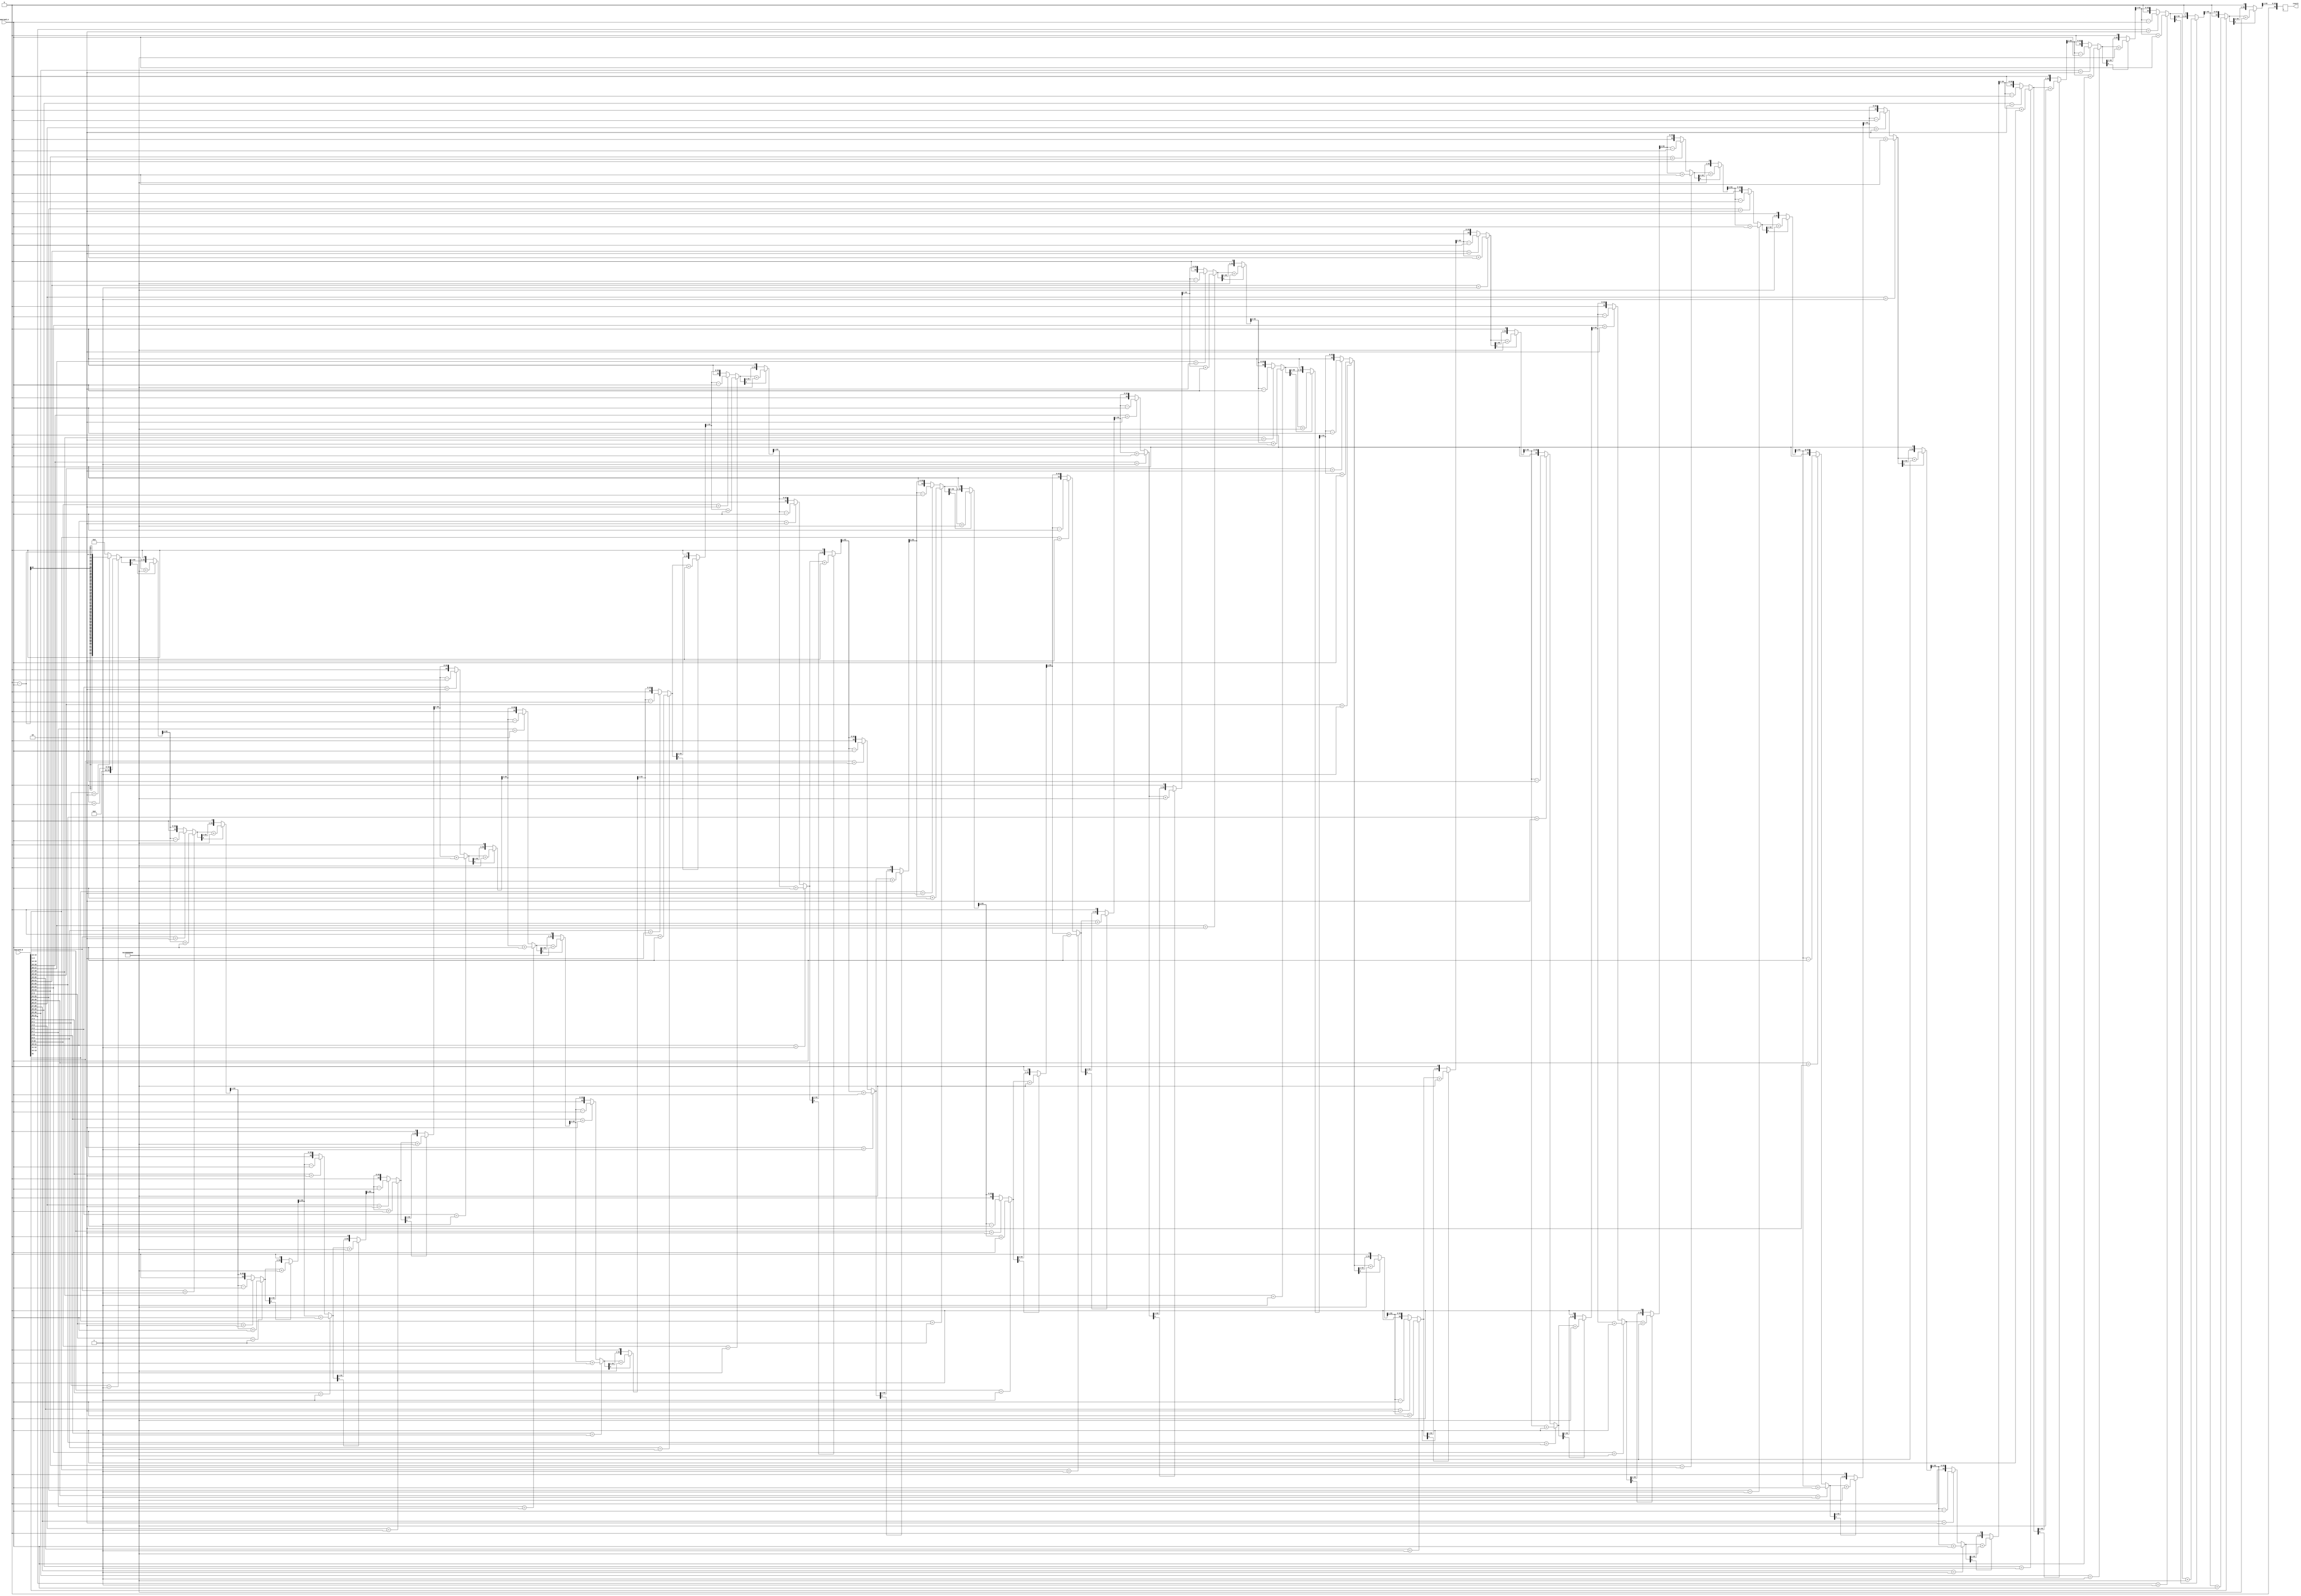
module Booth_Multiplier (
    input [31:0] operand_A,
    input [31:0] operand_B,
    output reg [63:0] result
);

reg [31:0] A, S;
reg [63:0] P;
reg [5:0] i;

always @(posedge clk) begin
    A = operand_A;
    S = operand_B;
    P = 64'b0;
    
    for (i = 0; i < 32; i = i + 1) begin
        if (S[1:0] == 2'b01)
            P = P + A;
        else if (S[1:0] == 2'b10)
            P = P - A;
        
        if (P[0] == 1)
            P = P + (64'b1 << 32);
        
        P = P >> 1;
        S = S >> 1;
    end

    result = P;
end

endmodule